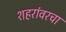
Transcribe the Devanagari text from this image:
शहरांवरचा